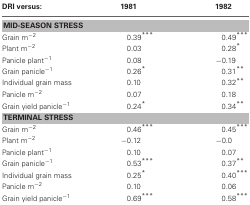
| DRI versus: | 1981 | 1982 |
 | --- | --- | --- |
 | <COLSPAN=3> MID-SEASON STRESS |
 | Grain m−2 | 0.39*** | 0.49*** |
 | Plant m−2 | 0.03 | 0.28* |
 | Panicle plant−1 | 0.08 | −0.19 |
 | Grain panicle−1 | 0.26* | 0.31** |
 | Individual grain mass | 0.10 | 0.32** |
 | Panicle m−2 | 0.07 | 0.18 |
 | Grain yield panicle−1 | 0.24* | 0.34** |
 | <COLSPAN=3> TERMINAL STRESS |
 | Grain m−2 | 0.46*** | 0.45*** |
 | Plant m−2 | −0.12 | −0.0 |
 | Panicle plant−1 | 0.10 | 0.07 |
 | Grain panicle−1 | 0.53*** | 0.37** |
 | Individual grain mass | 0.25* | 0.40*** |
 | Panicle m−2 | 0.10 | 0.06 |
 | Grain yield panicle−1 | 0.69*** | 0.58*** |